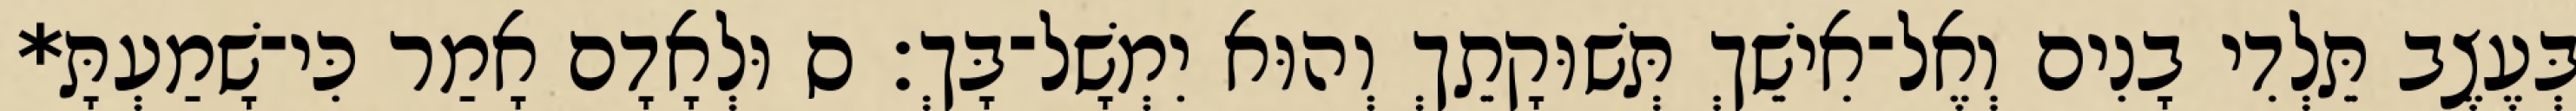
בְּעֶצֶב תֵּלְדִי בָנִים וְאֶל־אִישֵׁךְ תְּשׁוּקָתֵךְ וְהוּא יִמְשָׁל־בָּךְ׃ ס וּלְאָדָם אָמַר כִּי־שָׁמַעְתָּ*